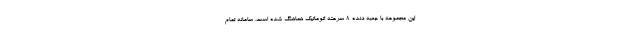
این مجموعه با جعبه دنده 8 سرعته اتوماتیک هماهنگ شده است. سامانه تمام